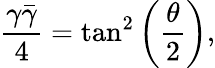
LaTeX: \frac{\gamma\bar{\gamma}}{4}=\tan^{2}\left(\frac{\theta}{2}\right),